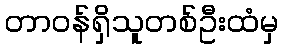
တာဝန်ရှိသူတစ်ဦးထံမှ